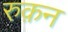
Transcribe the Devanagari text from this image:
रुक़न